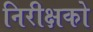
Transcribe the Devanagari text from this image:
निरीक्षको